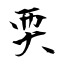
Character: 耎